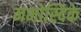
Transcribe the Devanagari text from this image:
नभोस्दिके